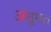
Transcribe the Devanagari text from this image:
अंशुमत